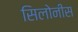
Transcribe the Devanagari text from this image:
सिलोनीस